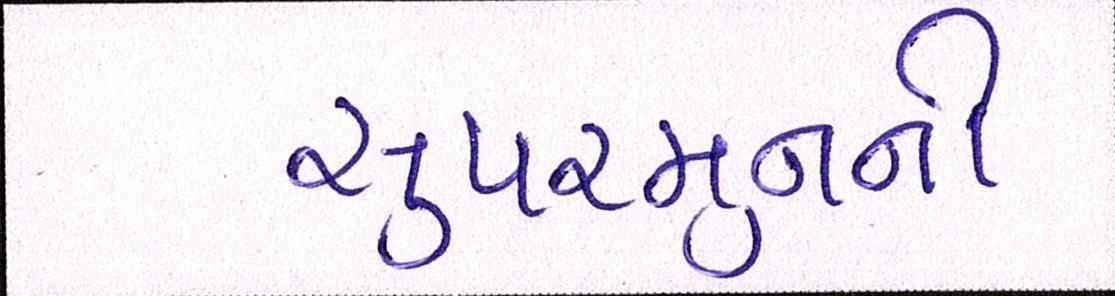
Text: સુપરમુનની